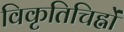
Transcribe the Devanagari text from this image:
विकृतिचिह्नों